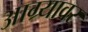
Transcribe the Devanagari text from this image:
आग्र्यावर